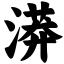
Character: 漭